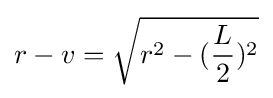
r-v={\sqrt {r^{2}-({\frac {L}{2}})^{2}}}